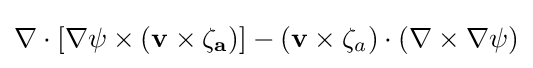
{\textstyle \nabla \cdot [\nabla \psi \times (\mathbf {v} \times \mathbf {\zeta _{a}} )]-(\mathbf {v} \times \zeta _{a})\cdot (\nabla \times \nabla \psi )}